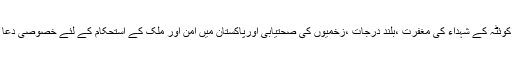
بعد ازاں کوئٹہ کے شہداء کی مغفرت ،بلند درجات ،زخمیوں کی صحتیابی اورپاکستان میں امن اور ملک کے استحکام کے لئے خصوصی دعا کی گئی۔